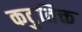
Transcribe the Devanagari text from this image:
कटुतिक्त